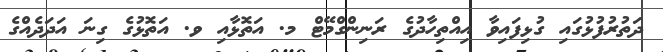
ދަތުރުފުޅުގައި ގުޅިފައިވާ އިއްތިހާދުގެ ރަނިންގްމޭޓް މ. އަތޮޅާއި ވ. އަތޮޅުގެ ގިނަ އަދަދެއްގެ